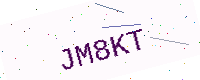
Text: JM8KT